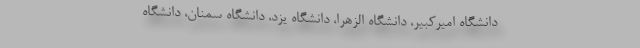
دانشگاه امیرکبیر، دانشگاه الزهرا، دانشگاه یزد، دانشگاه سمنان، دانشگاه